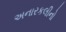
અનારકલીનો